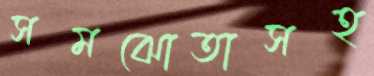
সমঝোতাসহ